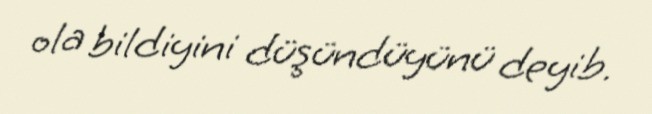
ola bildiyini düşündüyünü deyib.